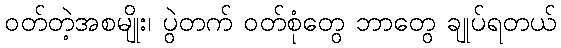
ဝတ်တဲ့အစမျိုး၊ ပွဲတက် ဝတ်စုံတွေ ဘာတွေ ချုပ်ရတယ်